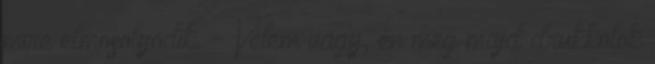
mire elmosolyodik. - Velem vagy, én meg majd drukkolok